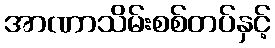
အာဏာသိမ်းစစ်တပ်နှင့်